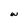
Character: W